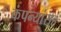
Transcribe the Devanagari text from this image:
कंपन्यांसह